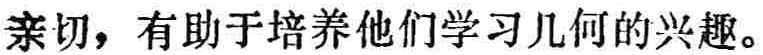
亲切，有助于培养他们学习几何的兴趣。